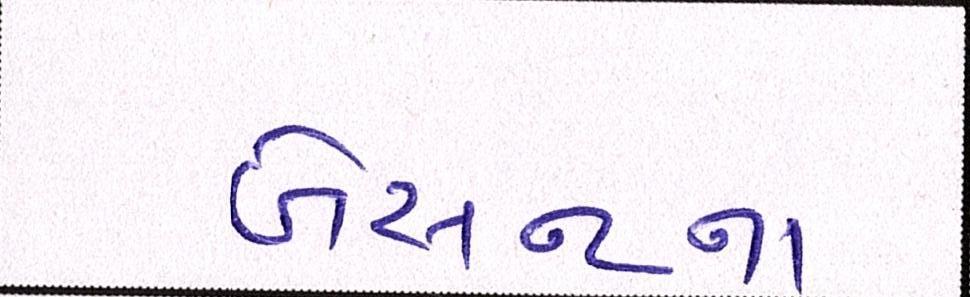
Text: બેસન્ટના